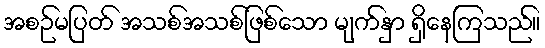
အစဉ်မပြတ် အသစ်အသစ်ဖြစ်သော မျက်နှာ ရှိနေကြသည်။